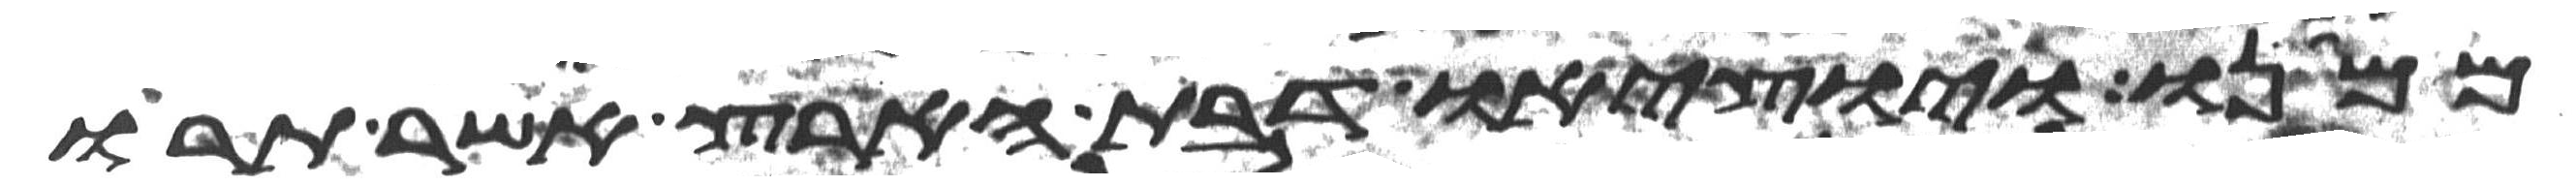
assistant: ממנו ויוציאו דבת הארץ אשר תרו